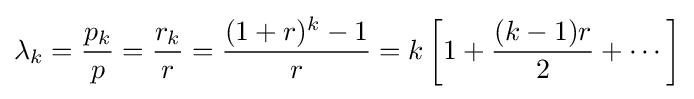
\lambda _{k}={\frac {p_{k}}{p}}={\frac {r_{k}}{r}}={\frac {(1+r)^{k}-1}{r}}=k\left[1+{\frac {(k-1)r}{2}}+\cdots \right]